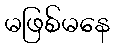
မဖြစ်မနေ